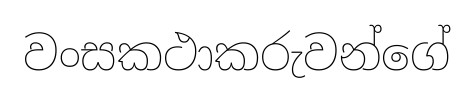
වංසකථාකරුවන්ගේ